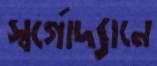
স্বর্গোদ্যানে